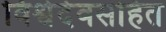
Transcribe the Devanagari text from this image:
विश्वेदेवसहित